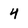
Character: 4